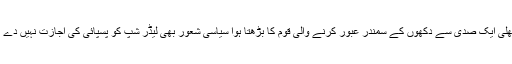
پچھلی ایک صدی سے دکھوں کے سمندر عبور کرنے والی قوم کا بڑھتا ہوا سیاسی شعور بھی لیڈر شپ کو پسپائی کی اجازت نہیں دے گا۔